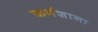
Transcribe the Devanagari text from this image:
कर्मशाना